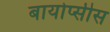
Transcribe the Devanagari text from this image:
बायोप्सीस